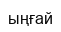
ыңғай